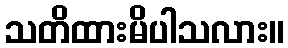
သတိထားမိပါသလား။